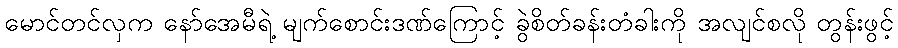
မောင်တင်လှက နော်အေမီရဲ့ မျက်စောင်းဒဏ်ကြောင့် ခွဲစိတ်ခန်းတံခါးကို အလျင်စလို တွန်းဖွင့်